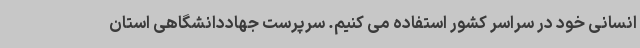
انسانی خود در سراسر کشور استفاده می کنیم. سرپرست جهاددانشگاهی استان